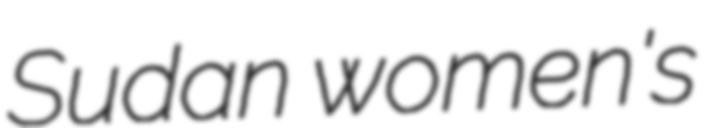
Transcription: Sudan women's